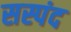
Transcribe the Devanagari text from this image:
सस्पंद